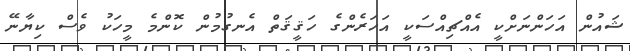
ޝައުން އަހަންނަށްކީ އެއްޗިއްސަކީ އަހަރެންގެ ހަޤީޤަތް އެނގުމުން ކޮންމެ މީހަކު ވެސް ކިޔާނޭ